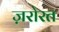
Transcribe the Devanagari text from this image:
ज़रोरत